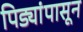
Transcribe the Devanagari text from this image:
पिड्यांपासून